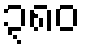
၃၈၀